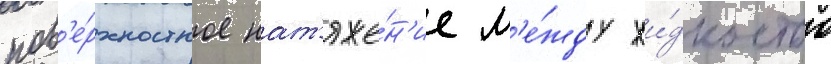
пов'е́рхностное нат'яже́н'ие м'е́жду жи́дкостью